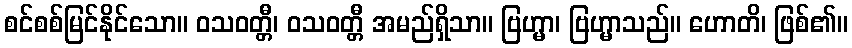
စင်စစ်မြင်နိုင်သော။ ဝသဝတ္တီ၊ ဝသဝတ္တီ အမည်ရှိသာ။ ဗြဟ္မာ၊ ဗြဟ္မာသည်။ ဟောတိ၊ ဖြစ်၏။